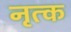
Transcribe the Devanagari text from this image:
नृत्क